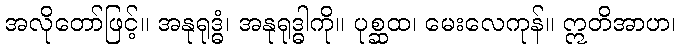
အလိုတော်ဖြင့်။ အနုရုဒ္ဓံ၊ အနုရုဒ္ဓါကို။ ပုစ္ဆထ၊ မေးလေကုန်။ ဣတိအာဟ၊